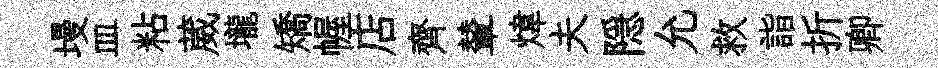
墁皿粘葳壠矯幄店齊輦煒夫隠允救詣折卿